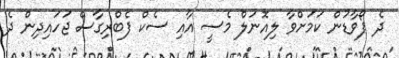
ދެ ފޯވާޑުން ކަމަށްވާ ލިއޮނަލް މެސީ އާއި ސެކް ފެބްރިގާސް ޖަހައިދިން ދެ